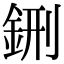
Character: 鉶